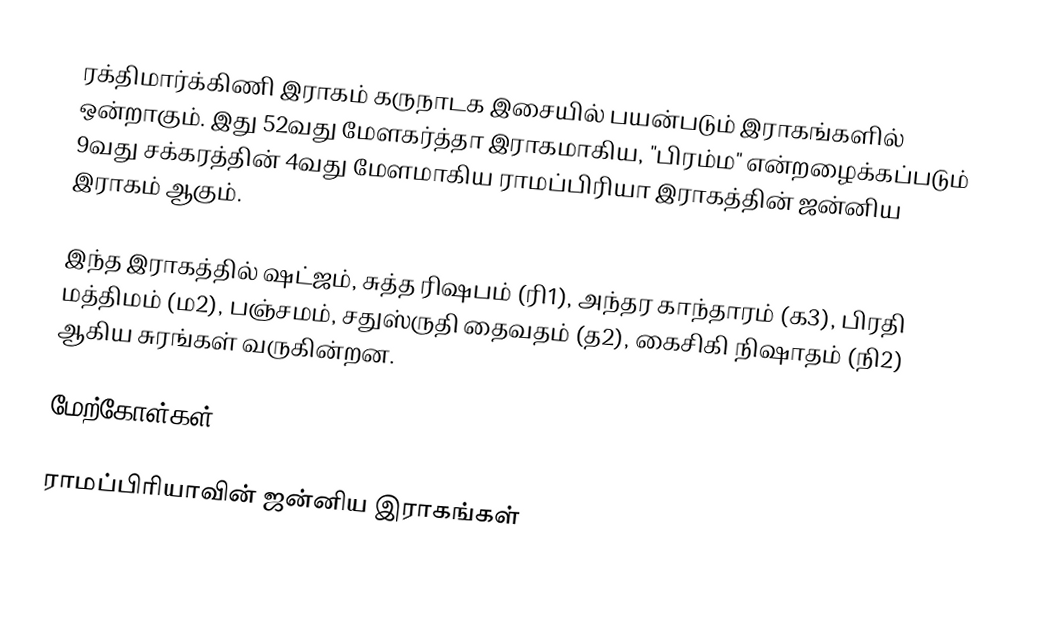
ரக்திமார்க்கிணி இராகம் கருநாடக இசையில் பயன்படும் இராகங்களில் ஒன்றாகும். இது 52வது மேளகர்த்தா இராகமாகிய, "பிரம்ம" என்றழைக்கப்படும் 9வது சக்கரத்தின் 4வது மேளமாகிய ராமப்பிரியா இராகத்தின் ஜன்னிய இராகம் ஆகும்.

இந்த இராகத்தில் ஷட்ஜம், சுத்த ரிஷபம் (ரி1), அந்தர காந்தாரம் (க3), பிரதி மத்திமம் (ம2), பஞ்சமம், சதுஸ்ருதி தைவதம் (த2), கைசிகி நிஷாதம் (நி2) ஆகிய சுரங்கள் வருகின்றன.

மேற்கோள்கள்

ராமப்பிரியாவின் ஜன்னிய இராகங்கள்